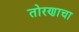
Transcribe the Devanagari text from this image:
तोरणाचा